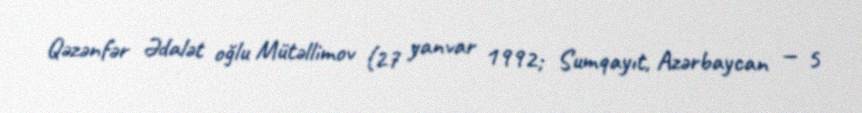
Qəzənfər Ədalət oğlu Mütəllimov (27 yanvar 1992; Sumqayıt, Azərbaycan — 5